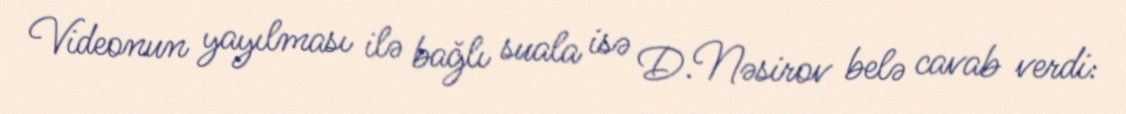
Videonun yayılması ilə bağlı suala isə D.Nəsirov belə cavab verdi: